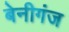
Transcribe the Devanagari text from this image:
बेनीगंज